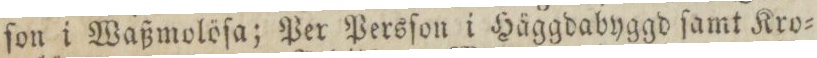
ſon i Waßmolöſa; Per Persſon i Häggdabyggd ſamt Kro=